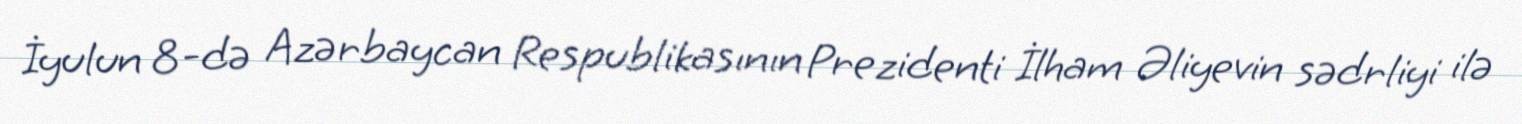
İyulun 8-də Azərbaycan Respublikasının Prezidenti İlham Əliyevin sədrliyi ilə